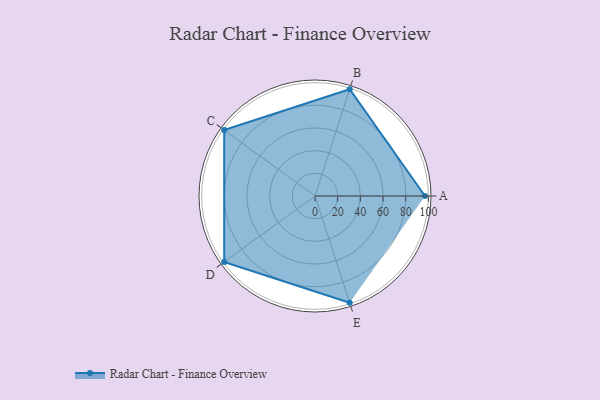
{"axis": {"x": "Skill", "y": "Score"}, "legend": ["Profile"], "data": [{"x": "A", "y": 97.0, "type": "Profile"}, {"x": "B", "y": 99, "type": "Profile"}, {"x": "C", "y": 99, "type": "Profile"}, {"x": "D", "y": 99, "type": "Profile"}, {"x": "E", "y": 99, "type": "Profile"}]}